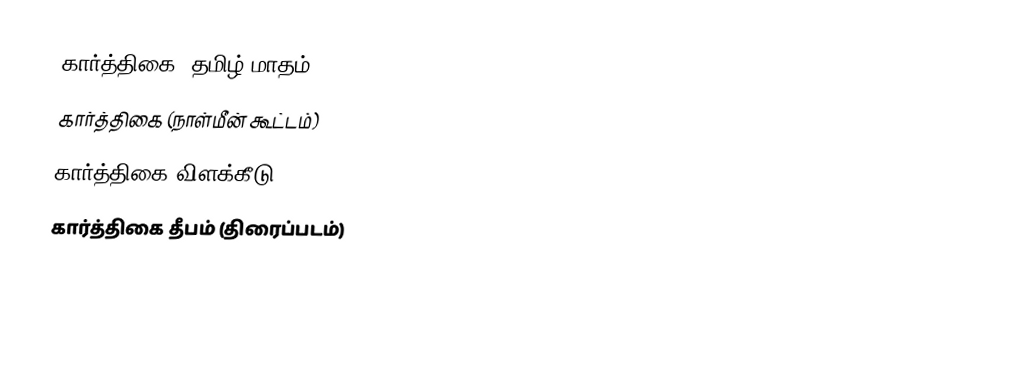
கார்த்திகை (தமிழ் மாதம்)
 கார்த்திகை (நாள்மீன் கூட்டம்)
 கார்த்திகை விளக்கீடு
 கார்த்திகை தீபம் (திரைப்படம்)